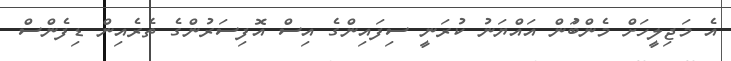
އެ މަޖިލީހަށް މެންބަުން އައްޔަނު ކުރަނީ ސިފައިންގެ އިސް އޮފިސަރުންގެ ތެރެއިން ޑިފެންސް